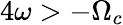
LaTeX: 4\omega>-\Omega_{c}